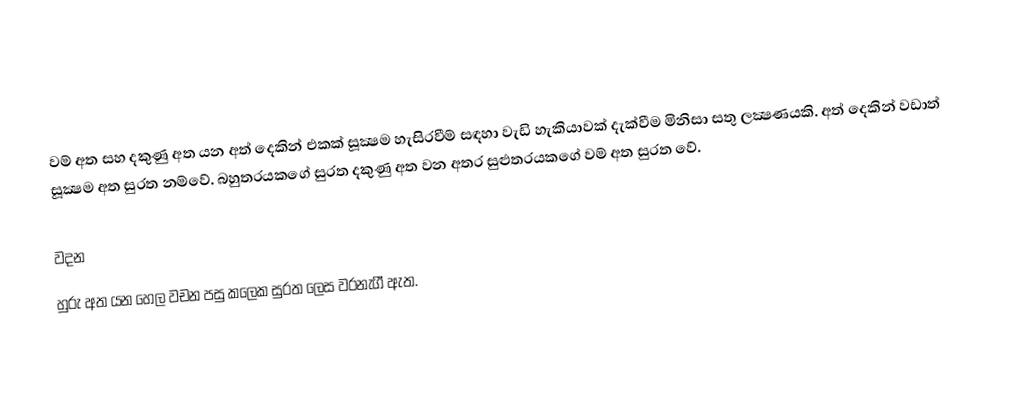
වම් අත සහ දකුණු අත යන අත් දෙකින් එකක් සූක්‍ෂම හැසිරවීම් සඳහා වැඩි හැකියාවක් දැක්වීම මිනිසා සතු ලක්‍ෂණයකි. අත් දෙකින් වඩාත් සූක්‍ෂම අත සුරත නම්වේ. බහුතරයකගේ සුරත දකුණු අත වන අතර සුළුතරයකගේ වම් අත සුරත ‍වේ.

වදන
හුරු අත යන හෙල වචන පසු කලෙක සුරත ලෙස වරනැගී ඇත.